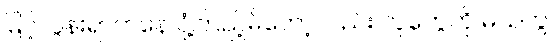
မြင့်လွန်းရာကနေ ငုံ့ကြည့်မိတော့လည်း လူတွေကို မသဲကွဲ။